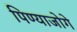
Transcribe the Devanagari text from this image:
पिण्याजोगे